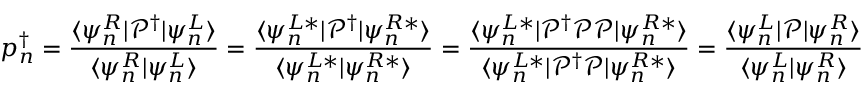
p _ { n } ^ { \dagger } = \frac { \langle \psi _ { n } ^ { R } | \mathcal { P } ^ { \dagger } | \psi _ { n } ^ { L } \rangle } { \langle \psi _ { n } ^ { R } | \psi _ { n } ^ { L } \rangle } = \frac { \langle \psi _ { n } ^ { L * } | \mathcal { P } ^ { \dagger } | \psi _ { n } ^ { R * } \rangle } { \langle \psi _ { n } ^ { L * } | \psi _ { n } ^ { R * } \rangle } = \frac { \langle \psi _ { n } ^ { L * } | \mathcal { P } ^ { \dagger } \mathcal { P } \mathcal { P } | \psi _ { n } ^ { R * } \rangle } { \langle \psi _ { n } ^ { L * } | \mathcal { P } ^ { \dagger } \mathcal { P } | \psi _ { n } ^ { R * } \rangle } = \frac { \langle \psi _ { n } ^ { L } | \mathcal { P } | \psi _ { n } ^ { R } \rangle } { \langle \psi _ { n } ^ { L } | \psi _ { n } ^ { R } \rangle } = p _ { n } ,